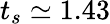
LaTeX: t_{s}\simeq 1.43